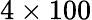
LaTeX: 4\times 100